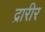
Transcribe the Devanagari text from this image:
द्रारीर